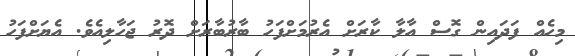
މިހެއް ފަދައިން ގޮސް އާލާ ކާރަށް އެރުމަށްފަހު ބާރުބާރަށް ދޮރު ޖަހާލިއެވެ. އެޔަށްފަހު